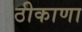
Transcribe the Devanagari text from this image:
ठीकाणा